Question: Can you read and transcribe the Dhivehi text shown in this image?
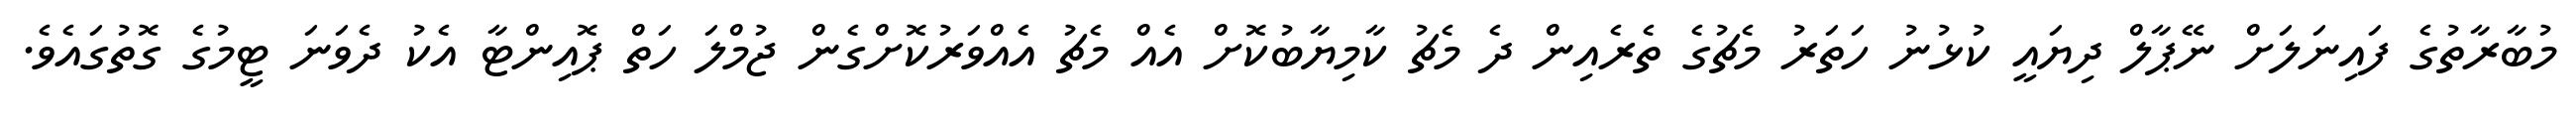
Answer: މުބާރާތުގެ ފައިނަލަށް ނޭޕާލް ދިޔައީ ކުޅުނު ހަތަރު މެޗުގެ ތެރެއިން ދެ މެޗު ކާމިޔާބުކޮށް އެއް މެޗު އެއްވަރުކޮށްގެން ޖުމްލަ ހަތް ޕޮއިންޓާ އެކު ދެވަނަ ޓީމުގެ ގޮތުގައެވެ.